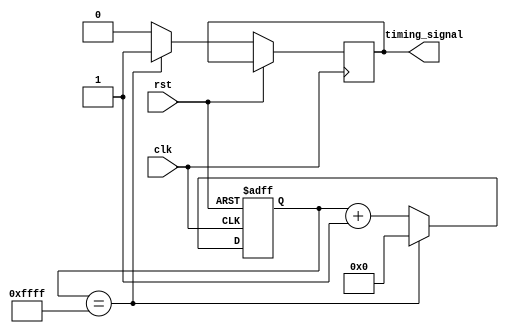
module multirate_timer (
    input wire clk,
    input wire rst,
    output wire timing_signal
);

reg [15:0] counter;
reg [7:0] rate1_counter;
reg [7:0] rate2_counter;
reg [3:0] sync_counter;

parameter RATE1 = 8'b00001000;
parameter RATE2 = 8'b00000100;

always @(posedge clk or posedge rst) begin
    if (rst) begin
        counter <= 16'b0;
        rate1_counter <= 8'b0;
        rate2_counter <= 8'b0;
        sync_counter <= 4'b0;
    end else begin
        if (counter == 16'b1111111111111111) begin
            counter <= 16'b0;
            timing_signal <= 1'b1;
        end else begin
            counter <= counter + 1;
            timing_signal <= 1'b0;
        end
        
        if (rate1_counter == RATE1) begin
            rate1_counter <= 8'b0;
            // Trigger event for rate 1
        end else begin
            rate1_counter <= rate1_counter + 1;
        end
        
        if (rate2_counter == RATE2) begin
            rate2_counter <= 8'b0;
            // Trigger event for rate 2
        end else begin
            rate2_counter <= rate2_counter + 1;
        end
        
        if (sync_counter == 4'b1111) begin
            sync_counter <= 4'b0;
            // Synchronize clock domains
        end else begin
            sync_counter <= sync_counter + 1;
        end
    end
end

endmodule